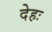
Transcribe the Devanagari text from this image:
देहः